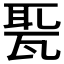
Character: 𤭗